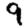
Digit: 9